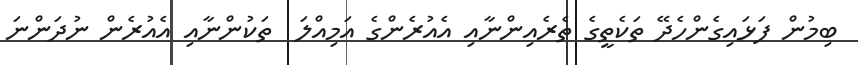
ބިމުން ފަޅައިގެންހެދޭ ތަކެތީގެ ތެރެއިންނާއި އެއުރެންގެ އަމިއްލަ  ތަކުންނާއި އެއުރެން ނުދަންނަ